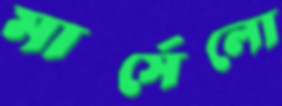
মার্সেলো